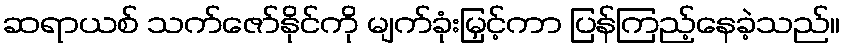
ဆရာယစ် သက်ဇော်နိုင်ကို မျက်ခုံးမြှင့်ကာ ပြန်ကြည့်နေခဲ့သည်။